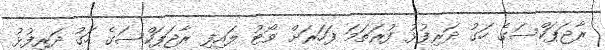
ރާޖަޕަކްސަގެ ހަގު ދަރިފުޅު ފުރަތަމަ ފަހަރަށް ވޯޓު ލައިފި ރާޖަޕަކްސަގެ ހަގު ދަރިފުޅު